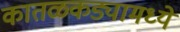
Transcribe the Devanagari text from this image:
कातळकड्यामध्ये